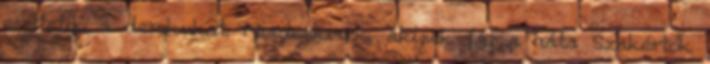
erőltetik a derekukat. Mindenkinek, akinek fáj a háta Szakértők